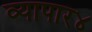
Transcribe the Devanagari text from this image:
व्यापार४